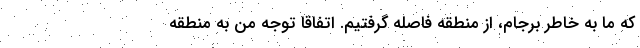
كه ما به خاطر برجام، از منطقه فاصله گرفتيم. اتفاقا توجه من به منطقه